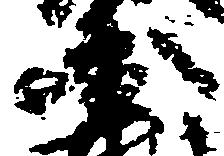
円